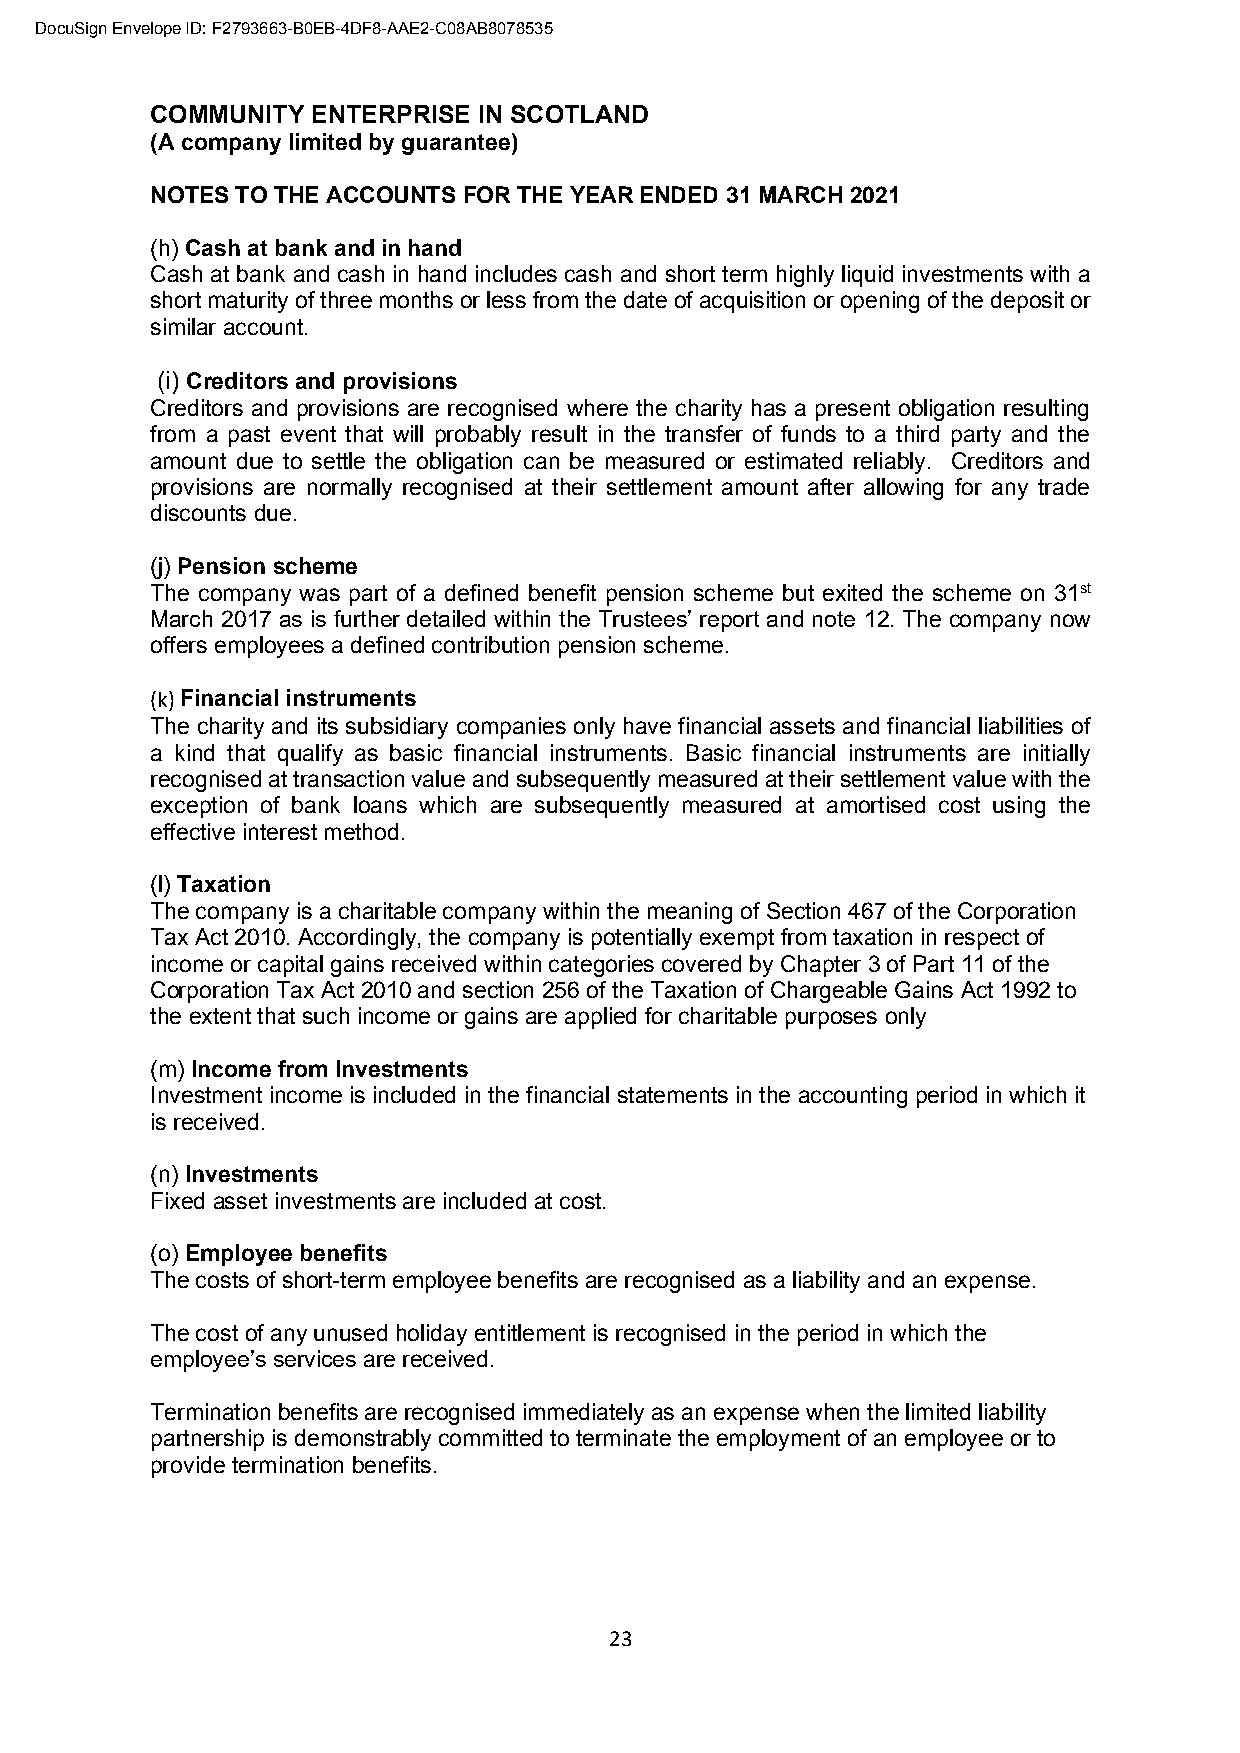
DocuSign Envelope ID: F2793663-B0EB-4DF8-AAE2-C08AB8078535
 COMMUNITY  ENTERPRISE IN SCOTLAND
 (A company limited by guarantee)
 NOTES TO THE ACCOUNTS FOR THE YEAR ENDED 31 MARCH 2021
 (h) Cash at bank and in hand
 Cash at bank and cash in hand includes cash and short term highly liquid investments with a
 short maturity of three months or less from the date of acquisition or opening of the deposit or
 similar account.
 (i) Creditors and provisions
 Creditors and provisions are recognised where the charity has a present obligation resulting
 from a past event that will probably result in the transfer of funds to a third party and the
 amount due to settle the obligation can be measured or estimated reliably. Creditors and
 provisions are normally recognised at their settlement amount after allowing for any trade
 discounts due.
 (j) Pension scheme
 The company was part of a defined benefit pension scheme but exited the scheme on 31st
 March 2017 as is further detailed within the Trustees’ report and note 12. The company now
 offers employees a defined contribution pension scheme.
 (k) Financial instruments
 The charity and its subsidiary companies only have financial assets and financial liabilities of
 a kind that qualify as basic financial instruments. Basic financial instruments are initially
 recognised at transaction value and subsequently measured at their settlement value with the
 exception of bank loans which are subsequently measured at amortised cost using the
 effective interest method.
 (l) Taxation
 The company is a charitable company within the meaning of Section 467 of the Corporation
 Tax Act 2010. Accordingly, the company is potentially exempt from taxation in respect of
 income or capital gains received within categories covered by Chapter 3 of Part 11 of the
 Corporation Tax Act 2010 and section 256 of the Taxation of Chargeable Gains Act 1992 to
 the extent that such income or gains are applied for charitable purposes only
 (m) Income from Investments
 Investment income is included in the financial statements in the accounting period in which it
 is received.
 (n) Investments
 Fixed asset investments are included at cost.
 (o) Employee benefits
 The costs of short-term employee benefits are recognised as a liability and an expense.
 The cost of any unused holiday entitlement is recognised in the period in which the
 employee’s services are received.
 Termination benefits are recognised immediately as an expense when the limited liability
 partnership is demonstrably committed to terminate the employment of an employee or to
 provide termination benefits.
 23